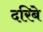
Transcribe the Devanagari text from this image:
दरिबे